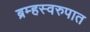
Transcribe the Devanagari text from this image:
ब्रम्हस्वरुपात